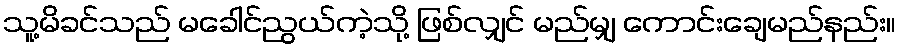
သူ့မိခင်သည် မခေါင်ညွယ်ကဲ့သို့ ဖြစ်လျှင် မည်မျှ ကောင်းချေမည်နည်း။